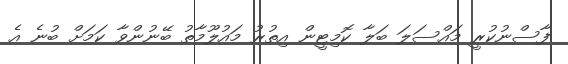
ފާސްނުކުރީ މައްސަލަ ބަލާ ކޮމިޓީން އިތުރު މައުލޫމާތު ބޭނުންވާ ކަމަށް ބުނެ އެ